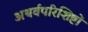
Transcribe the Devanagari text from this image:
अथर्वपरिशिष्टों